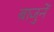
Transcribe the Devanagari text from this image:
बाजुनें